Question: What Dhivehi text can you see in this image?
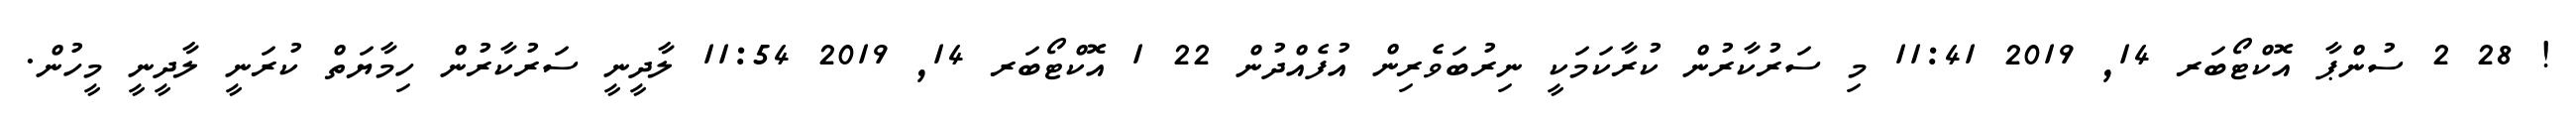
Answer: ! 28 2 ސުންޕާ އޮކްޓޯބަރ 14, 2019 11:41 މި ސަރުކާރުން ކުރާކަމަކީ ނިރުބަވެރިން އުފެއްދުން 22 1 އޮކްޓޯބަރ 14, 2019 11:54 ލާދީނީ ސަރުކާރުން ހިމާޔަތް ކުރަނީ ލާދީނީ މީހުން.